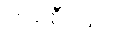
တစ်စီးဖြင့်